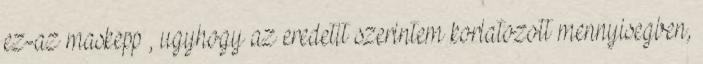
ez-az maskepp , ugyhogy az eredetit szerintem korlatozott mennyisegben,